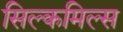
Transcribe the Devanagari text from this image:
सिल्कमिल्स